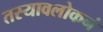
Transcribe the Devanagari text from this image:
तस्यावलोकनं